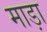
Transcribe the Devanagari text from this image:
माड़ा